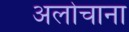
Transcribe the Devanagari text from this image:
अलोचाना